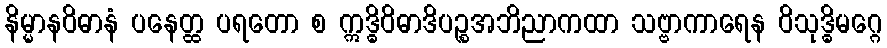
နိမ္မာနဝိဓာနံ ပနေတ္ထ ပရတော စ ဣဒ္ဓိဝိဓာဒိပဉ္စအဘိညာကထာ သဗ္ဗာကာရေန ဝိသုဒ္ဓိမဂ္ဂေ